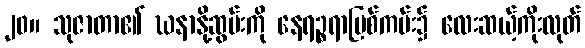
၂၀။ သုဇာတာ၏ ဃနာနို့ဆွမ်းကို နေရဉ္စရာမြစ်ကမ်း၌ လေးဆယ့်ကိုးလုတ်